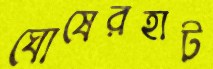
ঘোষেরহাট